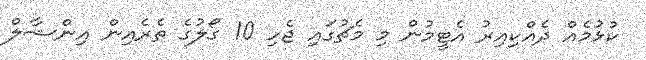
ކުޅުމެއް ދެއްކިއިރު އެޓީމުން މި މެޗުގައި ޖެހި 10 ގޯލުގެ ތެރެއިން އިންޝާލް